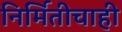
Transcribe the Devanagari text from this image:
निर्मितीचाही